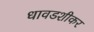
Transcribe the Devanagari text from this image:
धावडशीकर